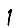
Digit: 1